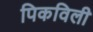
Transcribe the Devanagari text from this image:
पिकविली